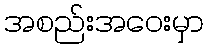
အစည်းအဝေးမှာ